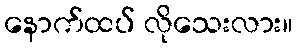
နောက်ထပ် လိုသေးလား။